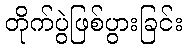
တိုက်ပွဲဖြစ်ပွားခြင်း